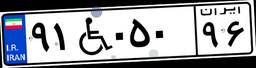
۸۷W۵۲۸۴۳